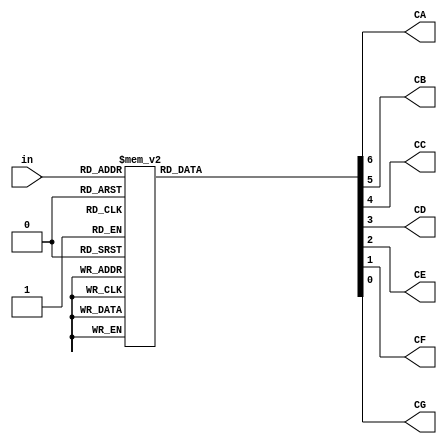
//////////////////////////////////////////////////////////////////////////////////
// 
// Module Name: Seg7Decoder
// Project Name: Digital Clock
// Description: Converts 4-bit binary to 7-segment display. Only supports 0-9. 
//              The output is active low and is used to turn on/off the segments 
//              as shown below. See Nexys 4 DDR reference manual for more details.
//                    CA
//                   ====
//              CF ||    || CB
//                   ==== CG
//              CE ||    || CC
//                   ====
//                    CD
//
//////////////////////////////////////////////////////////////////////////////////

module Seg7Decoder(
    input [3:0] in,
    output reg CA, CB, CC, CD, CE, CF, CG // active low
);
    always @* begin
        case(in)
            4'b0000: begin // CA, CB, CC, CD, CE, CF
                {CA, CB, CC, CD, CE, CF, CG} <= 7'b0000001;
            end
            4'b0001: begin // CB, CC
                {CA, CB, CC, CD, CE, CF, CG} <= 7'b1001111;
            end
            4'b0010: begin // CA, CB, CD, CE, CG
                {CA, CB, CC, CD, CE, CF, CG} <= 7'b0010010;
            end
            4'b0011: begin // CA, CB, CC, CD, CG
                {CA, CB, CC, CD, CE, CF, CG} <= 7'b0000110;
            end
            4'b0100: begin // CB, CC, CF, CG
                {CA, CB, CC, CD, CE, CF, CG} <= 7'b1001100;
            end
            4'b0101: begin // CA, CC, CD, CF, CG
                {CA, CB, CC, CD, CE, CF, CG} <= 7'b0100100;
            end
            4'b0110: begin // CA, CC, CD, CE, CF, CG
                {CA, CB, CC, CD, CE, CF, CG} <= 7'b0100000;
            end
            4'b0111: begin // CA, CB, CC
                {CA, CB, CC, CD, CE, CF, CG} <= 7'b0001111;
            end
            4'b1000: begin // CA, CB, CC, CD, CE, CF, CG
                {CA, CB, CC, CD, CE, CF, CG} <= 7'b0000000;
            end
            4'b1001: begin // CA, CB, CC, CF, CG
                {CA, CB, CC, CD, CE, CF, CG} <= 7'b0001100;
            end
            default: begin
                {CA, CB, CC, CD, CE, CF, CG} <= 7'b1111111;
            end
        endcase
    end
endmodule